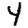
Digit: 4